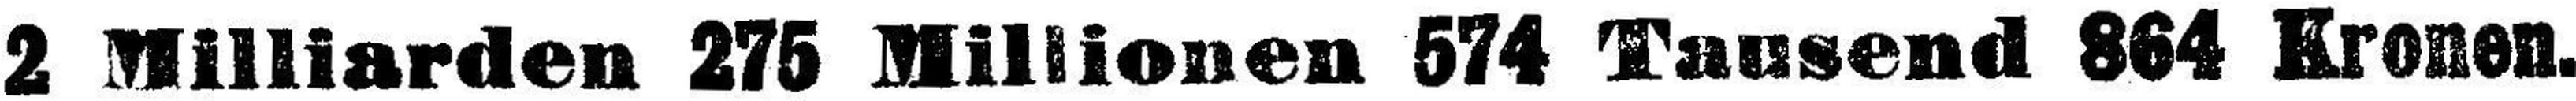
2 Milliarden 275 Millionen 574 Tausend 864 Kronen.